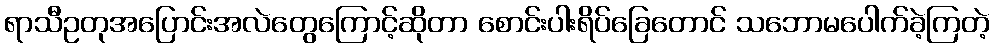
ရာသီဥတုအပြောင်းအလဲတွေကြောင့်ဆိုတာ စောင်းပါးရိပ်ခြေတောင် သဘောမပေါက်ခဲ့ကြတဲ့